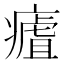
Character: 𤹡